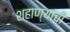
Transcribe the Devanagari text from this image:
शहाण्यांची